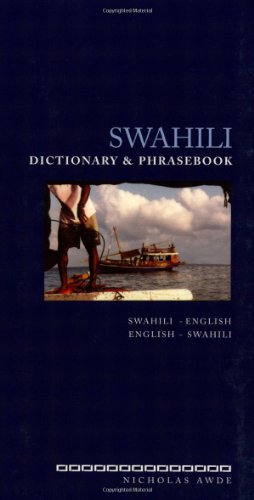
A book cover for Swahili Dictionary and Phrasebook: Swahili-English English-Swahili (Hippocrene Dictionary & Phrasebooks); Nicholas Awde; Reference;